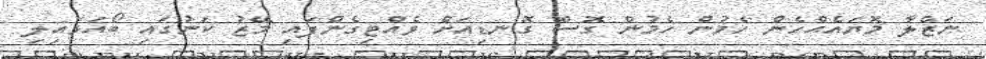
ނަޒްލާ މޮޔައެއްހެން ހެމުން ހެމުން ގޮސް ގޮނޑިއަށް ވެއްޓިގެންފައި މޭޒު ކަނުގައި ބޯއަޅައިލި